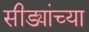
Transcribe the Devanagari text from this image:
सीड्यांच्या